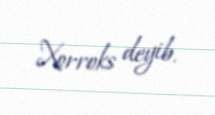
Xorroks deyib.